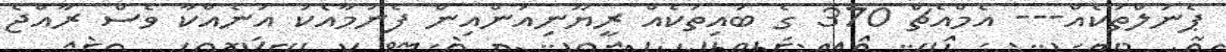
ޕެނަލްތަކެއް--- އެމްއެޗް 370 ގެ ބައިތަކެއް ރީޔޫނިއަންއިން ފެނުމާއެކު އަނެއްކާ ވެސް ރާއްޖެ